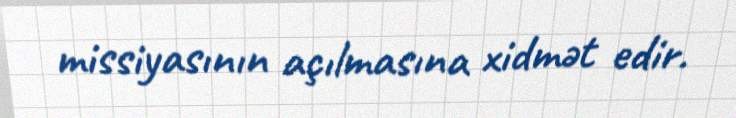
missiyasının açılmasına xidmət edir.